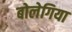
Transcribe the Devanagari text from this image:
बोलेगिया